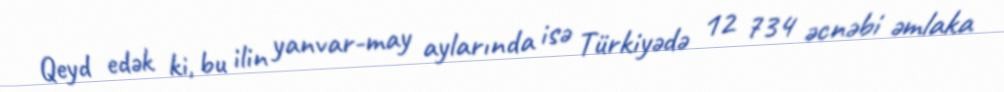
Qeyd edək ki, bu ilin yanvar-may aylarında isə Türkiyədə 12 734 əcnəbi əmlaka